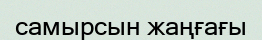
самырсын жаңғағы